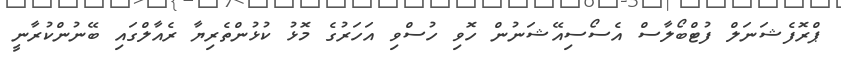
ޕްރޮފެޝަނަލް ފުޓްބޯލާސް އެސޯސިއޭޝަނުން ހޮވި ހުސްވި އަހަރުގެ މޮޅު ކުޅުންތެރިޔާ ރެއާލްގައި ބޭނުންކުރާނީ